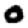
Digit: 0